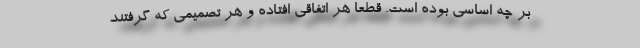
بر چه اساسی بوده است. قطعاً هر اتفاقی افتاده و هر تصمیمی که گرفتند